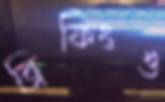
ব্রিফিংও